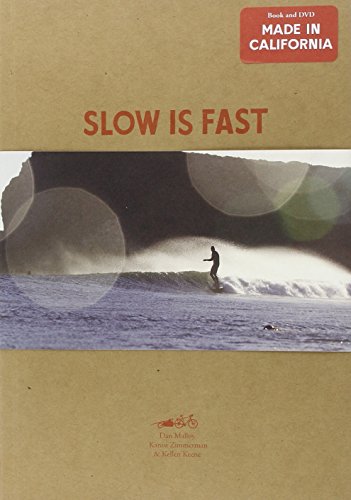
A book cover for Slow Is Fast: On the Road at Home; Dan Malloy; Sports & Outdoors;